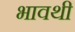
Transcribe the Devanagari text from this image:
भावथी